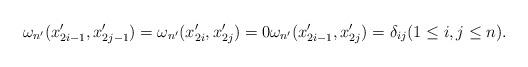
LaTeX: \begin{align*}\omega_{n'}(x_{2i-1}',x_{2j-1}') = \omega_{n'}(x_{2i}',x_{2j}') = 0 \omega_{n'}(x_{2i-1}',x_{2j}') = \delta_{ij} (1 \leq i,j \leq n).\end{align*}